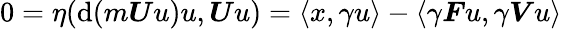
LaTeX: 0=\eta(\mathrm{d}(m\boldsymbol{U}u)u,\boldsymbol{U}u)=\langle x,\gamma u\rangle-\langle\gamma\boldsymbol{F}u,\gamma\boldsymbol{V}u\rangle